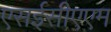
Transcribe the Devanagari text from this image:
एसईसीएएम